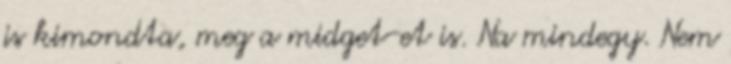
is kimondta, meg a midget-et is. Na mindegy. Nem